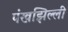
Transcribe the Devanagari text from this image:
पंखझिल्ली